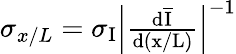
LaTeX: \begin{array}{r}{\sigma_{x/L}=\sigma_{\mathrm{I}}\left|\frac{\mathrm{d\overline{{I}}}}{\mathrm{d(x/L)}}\right|^{-1}}\end{array}